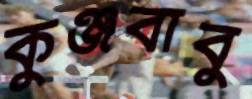
কুঞ্জবাবু